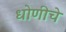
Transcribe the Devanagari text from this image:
धोणीचे